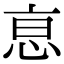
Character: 恴